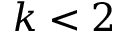
k < 2